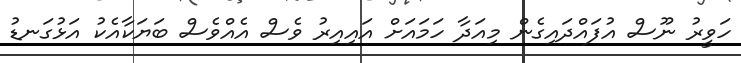
ހަވީރު ނޫސް އުފައްދައިގެން މިއަދާ ހަމައަށް އައިއިރު ވެސް އެއްވެސް ބަޔަކާއެކު އަޅުގަނޑު